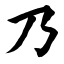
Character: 乃